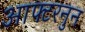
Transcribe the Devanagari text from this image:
आफ्टरनुन